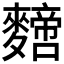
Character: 𪍼